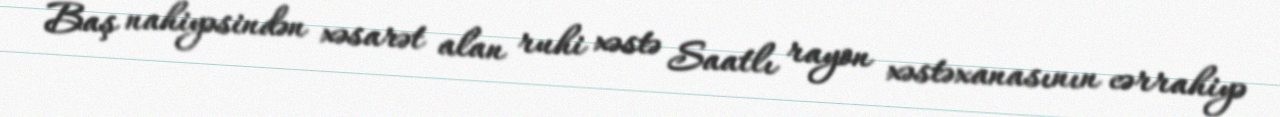
Baş nahiyəsindən xəsarət alan ruhi xəstə Saatlı rayon xəstəxanasının cərrahiyə